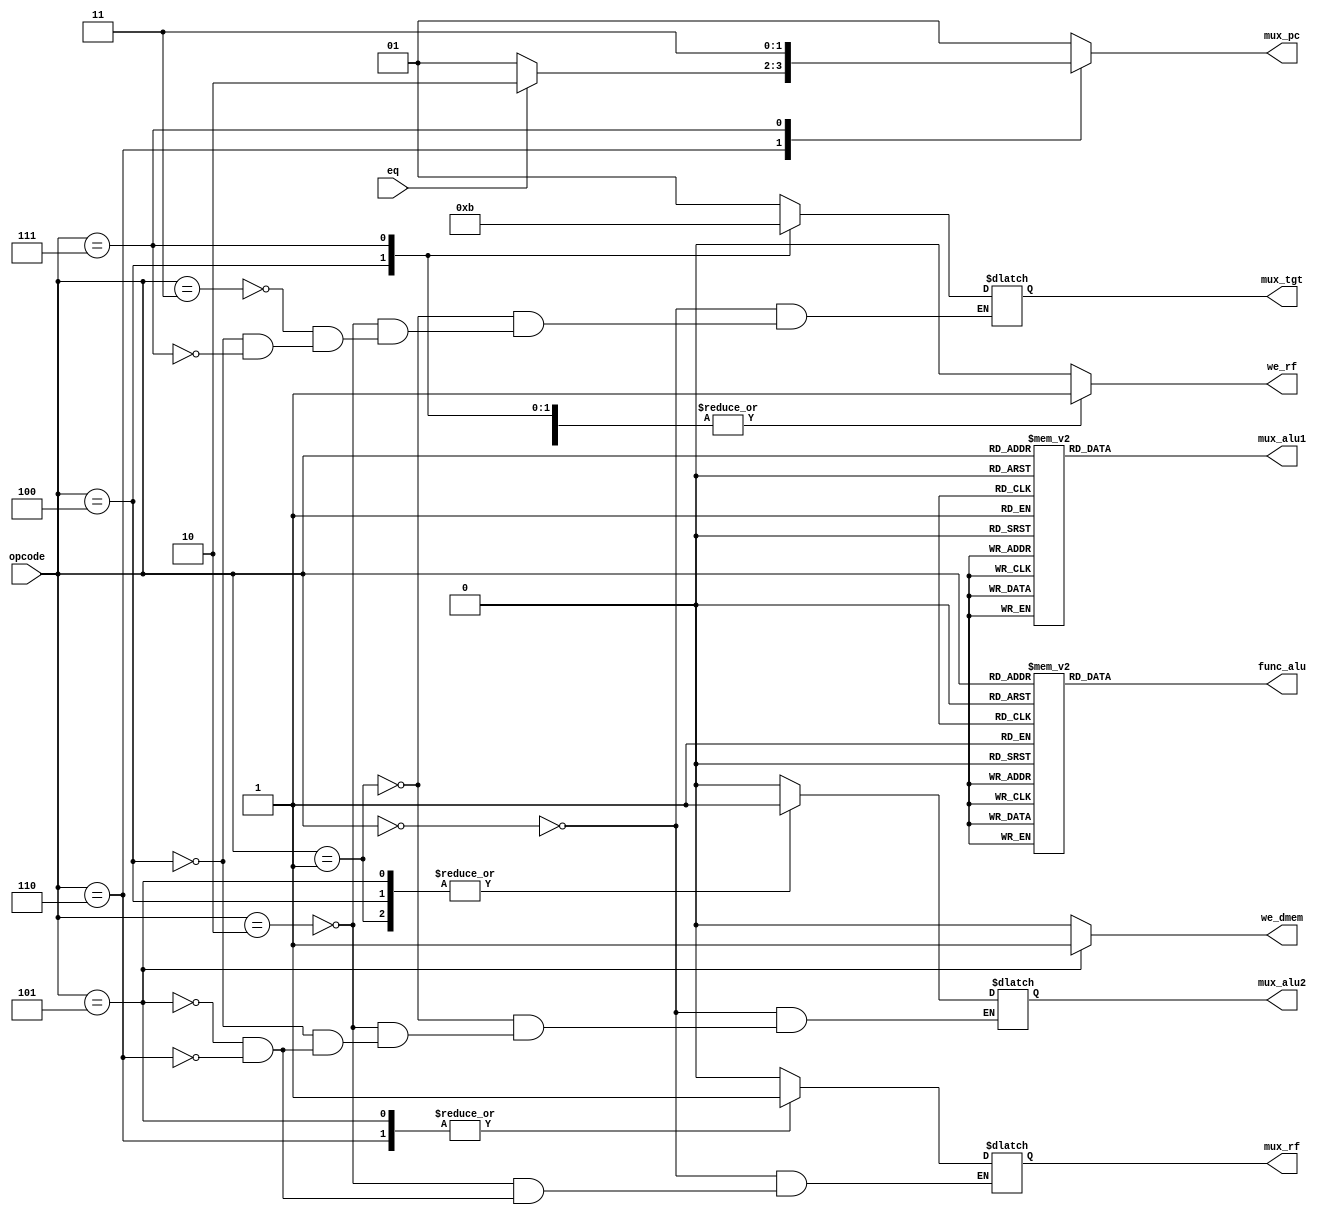
module control (
    input  wire [2:0] opcode,
    input  wire       eq,
    output reg  [1:0] func_alu,
    output reg        mux_alu1,
    output reg        mux_alu2,
    output reg  [1:0] mux_pc,
    output reg        mux_rf,
    output reg  [1:0] mux_tgt,
    output reg        we_rf,
    output reg        we_dmem
);

    localparam OPCODE_ADD  = 3'b000;
    localparam OPCODE_ADDI = 3'b001;
    localparam OPCODE_NAND = 3'b010;
    localparam OPCODE_LUI  = 3'b011;
    localparam OPCODE_LW   = 3'b100;
    localparam OPCODE_SW   = 3'b101;
    localparam OPCODE_BEQ  = 3'b110;
    localparam OPCODE_JALR = 3'b111;

    localparam FUNC_ALU_ADD   = 2'b00;
    localparam FUNC_ALU_NAND  = 2'b01;
    localparam FUNC_ALU_PASS1 = 2'b10;
    localparam FUNC_ALU_EQ    = 2'b11;

    localparam MUX_PC_NEXT   = 2'b01;
    localparam MUX_PC_BRANCH = 2'b10;
    localparam MUX_PC_JUMP   = 2'b11;

    localparam MUX_TGT_ALU   = 2'b01;
    localparam MUX_TGT_DMEM  = 2'b10;
    localparam MUX_TGT_PC    = 2'b11;
    
    always @(opcode or eq) begin
        case (opcode)
            OPCODE_ADD:  func_alu = FUNC_ALU_ADD;
            OPCODE_ADDI: func_alu = FUNC_ALU_ADD;
            OPCODE_NAND: func_alu = FUNC_ALU_NAND;
            OPCODE_LUI:  func_alu = FUNC_ALU_PASS1;
            OPCODE_LW:   func_alu = FUNC_ALU_ADD;
            OPCODE_SW:   func_alu = FUNC_ALU_ADD;
            OPCODE_BEQ:  func_alu = FUNC_ALU_EQ;
            OPCODE_JALR: func_alu = FUNC_ALU_PASS1;
        endcase

        case (opcode)
            OPCODE_ADD:  mux_alu1 = 1'b0;
            OPCODE_ADDI: mux_alu1 = 1'b0;
            OPCODE_NAND: mux_alu1 = 1'b0;
            OPCODE_LUI:  mux_alu1 = 1'b1;
            OPCODE_LW:   mux_alu1 = 1'b0;
            OPCODE_SW:   mux_alu1 = 1'b0;
            OPCODE_BEQ:  mux_alu1 = 1'b0;
            OPCODE_JALR: mux_alu1 = 1'b0;
        endcase

        case (opcode)
            OPCODE_ADD:  mux_alu2 = 1'b0;
            OPCODE_ADDI: mux_alu2 = 1'b1;
            OPCODE_NAND: mux_alu2 = 1'b0;
            OPCODE_LW:   mux_alu2 = 1'b1;
            OPCODE_SW:   mux_alu2 = 1'b1;
            OPCODE_BEQ:  mux_alu2 = 1'b0;
        endcase

        case (opcode)
            OPCODE_BEQ:  mux_pc = eq ? MUX_PC_BRANCH : MUX_PC_NEXT;
            OPCODE_JALR: mux_pc = MUX_PC_JUMP;
            default:     mux_pc = MUX_PC_NEXT;
        endcase

        case (opcode)
            OPCODE_ADD:  mux_rf = 1'b0;
            OPCODE_NAND: mux_rf = 1'b0;
            OPCODE_SW:   mux_rf = 1'b1;
            OPCODE_BEQ:  mux_rf = 1'b1;
        endcase

        case (opcode)
            OPCODE_ADD:  mux_tgt = MUX_TGT_ALU;
            OPCODE_ADDI: mux_tgt = MUX_TGT_ALU;
            OPCODE_NAND: mux_tgt = MUX_TGT_ALU;
            OPCODE_LUI:  mux_tgt = MUX_TGT_ALU;
            OPCODE_LW:   mux_tgt = MUX_TGT_DMEM;
            OPCODE_JALR: mux_tgt = MUX_TGT_PC;
        endcase

        case (opcode)
            OPCODE_ADD:  we_rf = 1'b1;
            OPCODE_ADDI: we_rf = 1'b1;
            OPCODE_NAND: we_rf = 1'b1;
            OPCODE_LUI:  we_rf = 1'b1;
            OPCODE_LW:   we_rf = 1'b1;
            OPCODE_JALR: we_rf = 1'b1;
            default:     we_rf = 1'b0;
        endcase

        case (opcode)
            OPCODE_SW:   we_dmem = 1'b1;
            default:     we_dmem = 1'b0;
        endcase
    end

endmodule